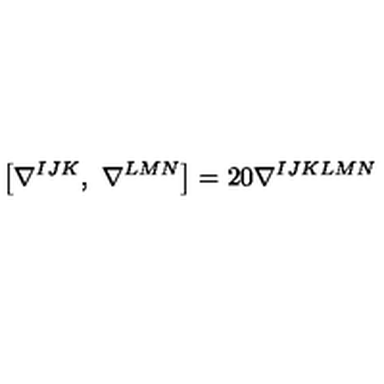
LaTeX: \left[ \nabla ^ { I J K } , \ \nabla ^ { L M N } \right] = 2 0 \nabla ^ { I J K L M N }